Annual report on the health of the army in India
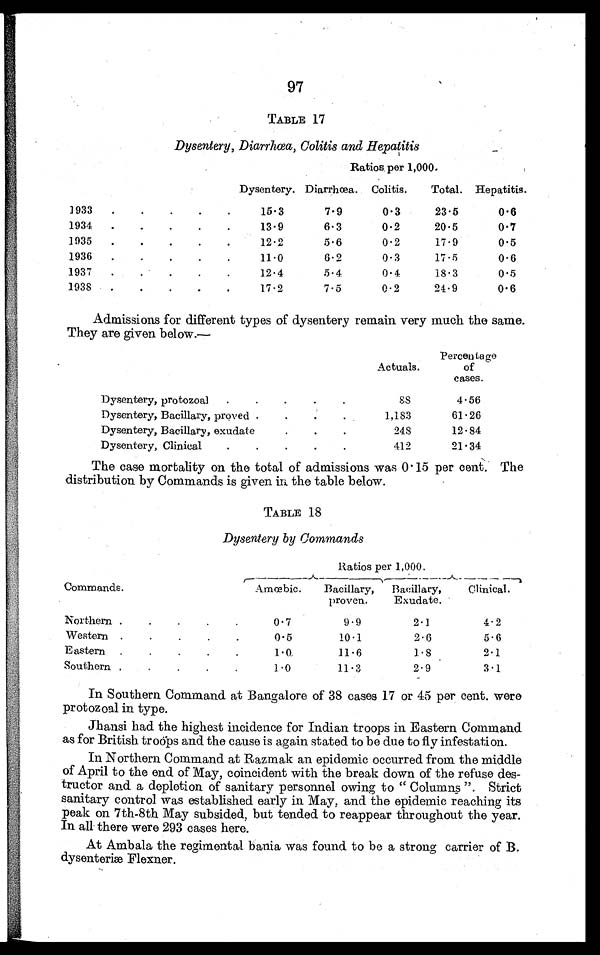
97
TABLE 17
Dysentery, Diarrhœa, Colitis and Hepatitis
Ratios per 1,000.
Dysentery. Diarrhœa. Colitis.
Total. Hepatitis.
1933
.
.
.
. .
15.3
7.9
0.3
23.5
0. 6
1934 .
.
.
.
.
13.9
6.3
0.2
20.5
0.7
1935 .
.
.
.
.
12.2
5.6
0.2
17.9
0.5
1936
.
.
.
.
.
11.0
6.9
0.3
17.5
0.6
1937 .
.
.
.
.
12.4
5.4
0.4
18.3
0.5
1938 .
.
.
. .
17.2
7.5
0.2
24.9
0.6
Admissions for different types of dysentery remain very much the same.
They are given below.—
Actuals.
Percentage
of
cases.
Dysentery, protozoal .
.
.
.
.
88
4.56
Dysentery, Bacillary, proved .
.
.
.
1,183
61.26
Dysentery, Bacillary, exudate
.
.
.
248
12.84
Dysentery, Clinical
.
.
.
.
.
412
21.34
The case mortality on the total of admissions was 0 . 15 per cent. The
distribution by Commands is given in the table below.
TABLE 18
Dysentery by Commands
Ratios per 1,000.
Commands.
Amœbic.
Bacillary,
proven.
I3acillary,
Exudate.
Clinical.
Northern .
.
.
.
.
0.7
9.9
2.1
4.2
Western .
.
.
.
.
0.5
10.1
2.6
5.6
Eastern .
.
.
.
.
1.0
11.6
1.8
2.1
Southern .
.
.
.
.
1.0
11.3
2.9
3.1
In Southern Command at Bangalore of 38 cases 17 or 45 per cent. were
protozoal in type.
Jhansi had the highest incidence for Indian troops in Eastern Command
as for British troops and the cause is again stated to be due to fly infestation.
In Northern Command at Razmak an epidemic occurred from the middle
of April to the end of May, coincident with the break down of the refuse des-
tructor and a depletion of sanitary personnel owing to " Columns ". Strict
sanitary control was established early in May, and the epidemic reaching its
peak on 7th-8th May subsided, but tended to reappear throughout the year.
In all there were 293 cases here.
At Ambala the regimental bania was found to be a strong carrier of B.
dysenteriæ Flexner.